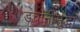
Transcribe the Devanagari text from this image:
डचांनीसुद्धा